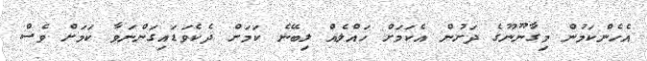
އެހެންކަމުން މިގާނޫނޫގެ ދަށުން އެކަމަށް ހައްލެއް ލިބޭނެ ކަމަށް ދެކެވަޑައިގަންނަވާ ކަމަށް ވެސް